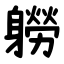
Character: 軂